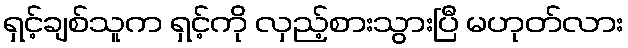
ရှင့်ချစ်သူက ရှင့်ကို လှည့်စားသွားပြီ မဟုတ်လား